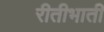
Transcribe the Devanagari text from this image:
रीतीभाती